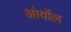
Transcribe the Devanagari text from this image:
ओर्योल